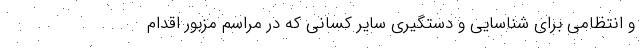
و انتظامی برای شناسایی و دستگیری سایر کسانی که در مراسم مزبور اقدام